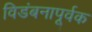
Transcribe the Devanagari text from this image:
विडंबनापूर्वक